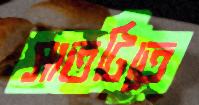
সাতটিতে